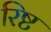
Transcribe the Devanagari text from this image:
रिष्ट